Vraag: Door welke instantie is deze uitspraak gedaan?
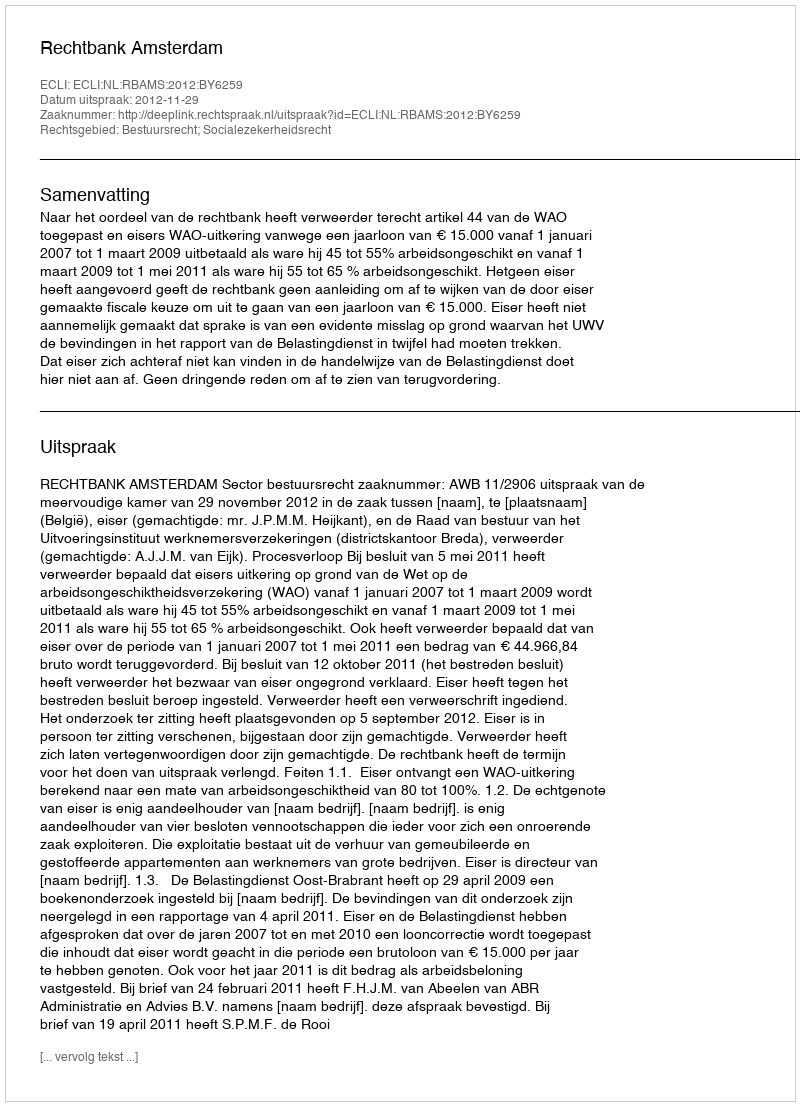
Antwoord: Rechtbank Amsterdam